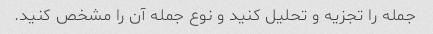
جمله را تجزیه و تحلیل کنید و نوع جمله آن را مشخص کنید.